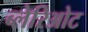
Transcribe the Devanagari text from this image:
ब्लेरिओट